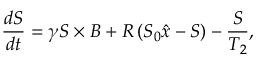
\frac { d \boldsymbol { S } } { d t } = \gamma \boldsymbol { S } \times \boldsymbol { B } + R \left( S _ { 0 } \hat { x } - \boldsymbol { S } \right) - \frac { \boldsymbol { S } } { T _ { 2 } } ,